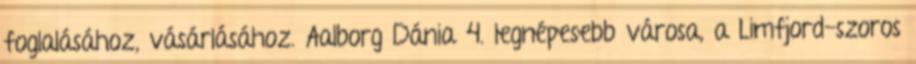
foglalásához, vásárlásához. Aalborg Dánia 4. legnépesebb városa, a Limfjord-szoros